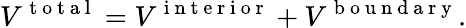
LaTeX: V^{\mathrm{~t~o~t~a~l~}}=V^{\mathrm{~i~n~t~e~r~i~o~r~}}+V^{\mathrm{~b~o~u~n~d~a~r~y~}}.